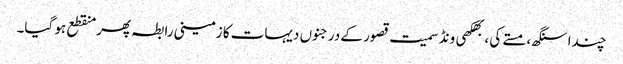
چندا سنگھ، مستے کی ، بھکھی ونڈ سمیت قصور کے درجنوں دیہات کا زمینی رابطہ پھر منقطع ہو گیا۔